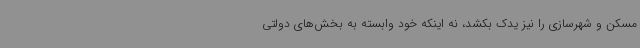
مسکن و شهرسازی را نیز یدک بکشد، نه اینکه خود وابسته به بخش‌های دولتی